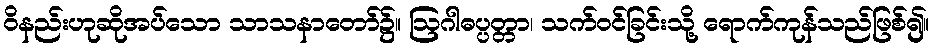
ဝိနည်းဟုဆိုအပ်သော သာသနာတော်၌။ ဩဂါဓပ္ပတ္တာ၊ သက်ဝင်ခြင်းသို့ ရောက်ကုန်သည်ဖြစ်၍။